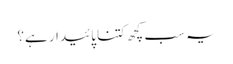
یہ سب کچھ کتنا پائیدار ہے؟